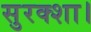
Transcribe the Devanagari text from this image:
सुरक्शा।